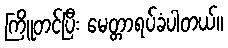
ကြိူတင်ပြီး မေတ္တာရပ်ခံပါတယ်။